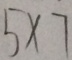
5 \times 7